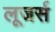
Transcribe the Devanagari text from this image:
लूजर्स